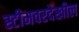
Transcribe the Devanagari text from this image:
स्टीमवरदेखील